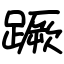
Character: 蹶